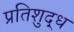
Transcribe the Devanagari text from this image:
प्रतिशुद्ध